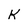
Character: K